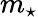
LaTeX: m_{\star}